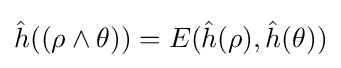
{\hat {h}}({(\rho \land \theta )})=E({\hat {h}}(\rho ),{\hat {h}}(\theta ))